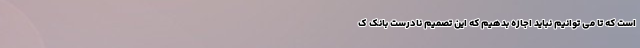
است که تا می ‌توانیم نباید اجازه بدهیم که این تصمیم نادرست بانک ک